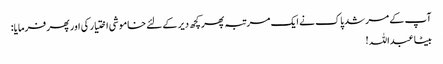
آپ کے مرشد پاک نے ایک مرتبہ پھر کچھ دیر کے لئے خاموشی اختیار کی اور پھر فرمایا:
بیٹا عبداللہ !